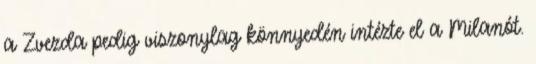
a Zvezda pedig viszonylag könnyedén intézte el a Milanót.